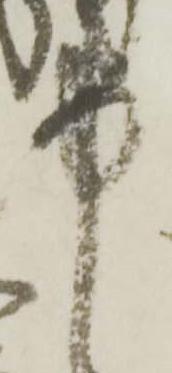
中